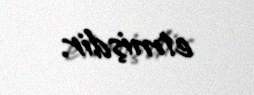
etmişdir.